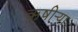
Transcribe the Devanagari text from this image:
ऋषीऱ्या